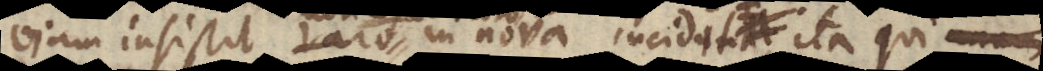
viam insistit, raro in nova incidit: ita